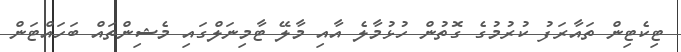
ޓިކެޓިން ތައާރަފު ކުރުމުގެ ގޮތުން ހުޅުމާލެ އާއި މާލޭ ޓާމިނަލްގައި މެޝިންތައް ބަހައްޓަން